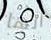
انها